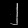
Digit: ၂